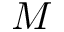
M